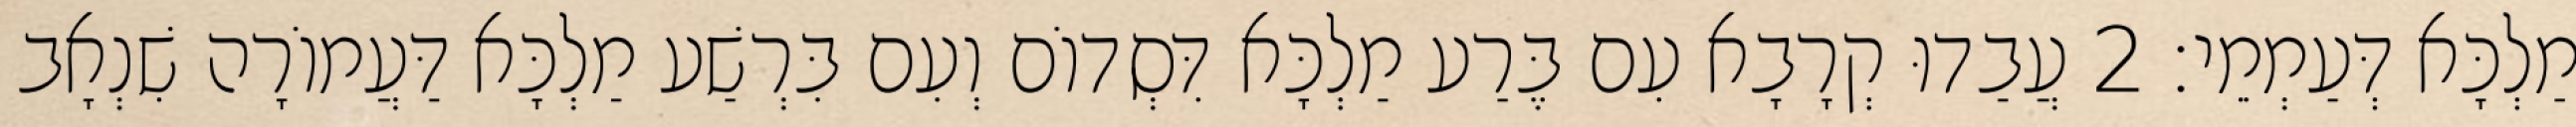
מַלְכָּא דְּעַמְמֵי׃ 2 עֲבַדוּ קְרָבָא עִם בֶּרַע מַלְכָּא דִּסְדוֹם וְעִם בִּרְשַׁע מַלְכָּא דַּעֲמוֹרָה שִׁנְאָב